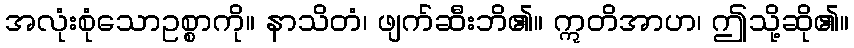
အလုံးစုံသောဥစ္စာကို။ နာသိတံ၊ ဖျက်ဆီးဘိ၏။ ဣတိအာဟ၊ ဤသို့ဆို၏။